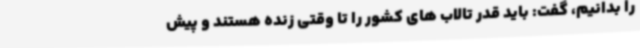
را بدانیم، گفت: باید قدر تالاب های کشور را تا وقتی زنده هستند و پیش